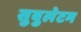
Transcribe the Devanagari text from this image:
सुबुलेटम